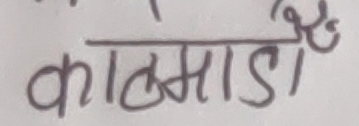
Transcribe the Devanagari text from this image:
काल्माडा